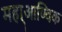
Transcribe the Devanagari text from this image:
महा्आण्विक